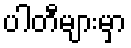
ပါတီများမှာ